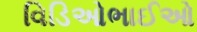
વિડિઓભાઈઓ